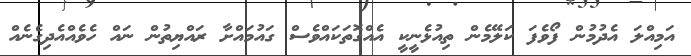
އަމިއްލަ އެދުމުން ފޯވެފަ ކަލޭމެން ތިއުޅެނީކީ އެއްގޮތަކައްވެސް ގައުމައްށާ ރައްޔިތުން ނައް ހެވެއްއެދިގެނެއް